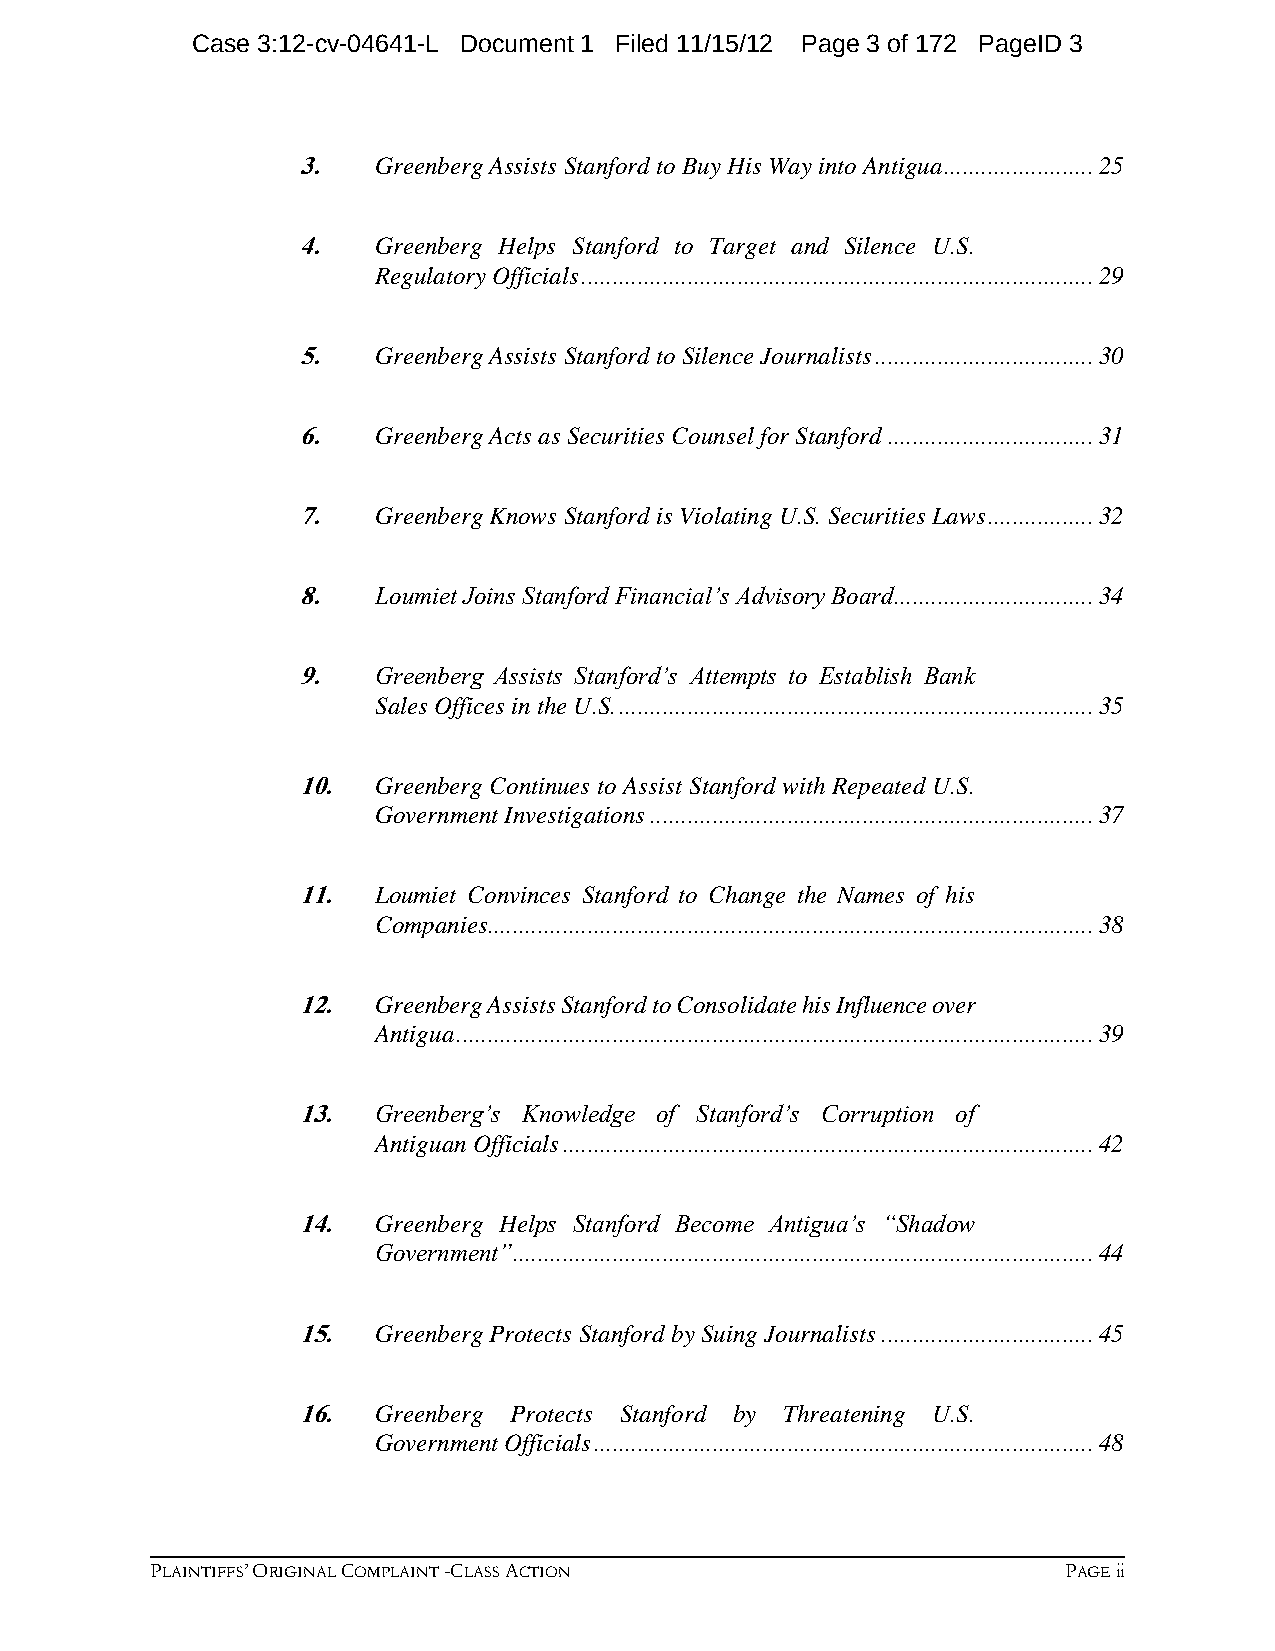
Case 3:12-cv-04641-L Document 1 Filed 11/15/12 Page 3 of 172 PageID 3
 3.   Greenberg Assists Stanford to Buy His Way into Antigua ........................ 25
 4.   Greenberg Helps Stanford to Target and Silence U.S.
 Regulatory Officials .................................................................................. 29
 5.   Greenberg Assists Stanford to Silence Journalists ................................... 30
 6.   Greenberg Acts as Securities Counsel for Stanford ................................. 31
 7.   Greenberg Knows Stanford is Violating U.S. Securities Laws ................. 32
 8.   Loumiet Joins Stanford Financial’s Advisory Board................................ 34
 9.   Greenberg Assists Stanford’s Attempts to Establish Bank
 Sales Offices in the U.S. ............................................................................ 35
 10.  Greenberg Continues to Assist Stanford with Repeated U.S.
 Government Investigations ....................................................................... 37
 11.  Loumiet Convinces Stanford to Change the Names of his
 Companies................................................................................................. 38
 12.  Greenberg Assists Stanford to Consolidate his Influence over
 Antigua ...................................................................................................... 39
 13.  Greenberg’s Knowledge of Stanford’s Corruption of
 Antiguan Officials ..................................................................................... 42
 14.  Greenberg Helps Stanford Become Antigua’s “Shadow
 Government” ............................................................................................. 44
 15.  Greenberg Protects Stanford by Suing Journalists .................................. 45
 16.  Greenberg Protects Stanford by Threatening U.S.
 Government Officials ................................................................................ 48
 PLAINTIFFS’ ORIGINAL COMPLAINT -CLASS ACTION                 PAGE ii